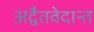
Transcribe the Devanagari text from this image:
अद्वैतवेदान्त